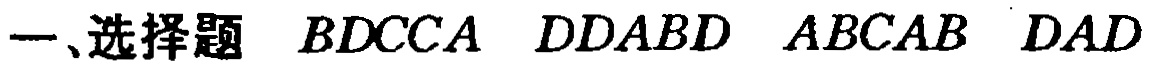
一、选择题 \(BDCCA\ DDAABD\ ABCAB\ DAD\)